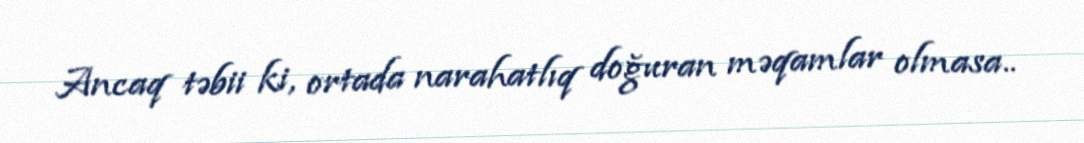
Ancaq təbii ki, ortada narahatlıq doğuran məqamlar olmasa..